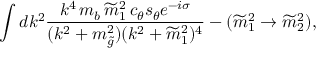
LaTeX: \int d k ^ { 2 } { \frac { k ^ { 4 } \, m _ { b } \, \widetilde m _ { 1 } ^ { 2 } \, c _ { \theta } s _ { \theta } e ^ { - i \sigma } } { ( k ^ { 2 } + m _ { \tilde { g } } ^ { 2 } ) ( k ^ { 2 } + \widetilde m _ { 1 } ^ { 2 } ) ^ { 4 } } } - ( \widetilde m _ { 1 } ^ { 2 } \to \widetilde m _ { 2 } ^ { 2 } ) ,